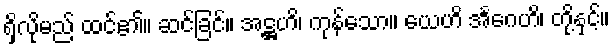
ရှိလိုမည် ထင်၏။ ဆင်ခြင်။ အဋ္ဌဟိ၊ ကုန်သော။ ယေဟိ အင်္ဂေဟိ၊ တို့နှင့်။